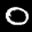
Digit: 0